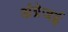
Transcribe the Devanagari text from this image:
अंग्रेजई